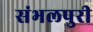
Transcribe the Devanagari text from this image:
संभलपुरी